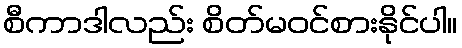
စီကာဒါလည်း စိတ်မဝင်စားနိုင်ပါ။